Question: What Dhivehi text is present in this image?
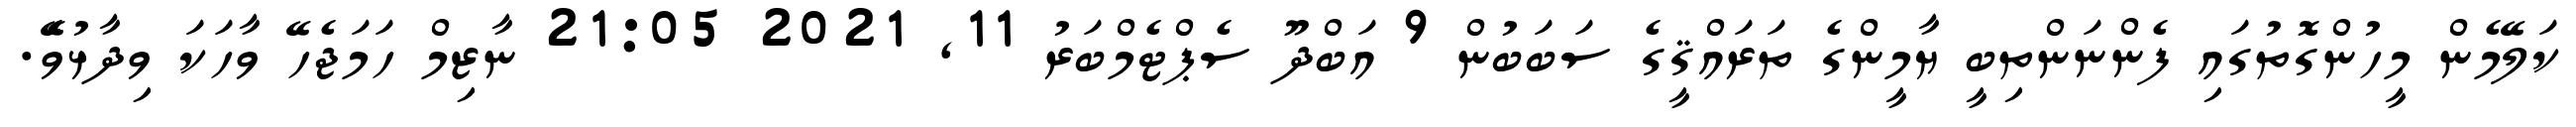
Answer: ކަލޭމެން މީހުންގޮތުގައި ފެންނަންތިބީ ޔާމީންގެ ތަރައްޤީގެ ސަބަބުން 9 އަބްދޫ ސެޕްޓެމްބަރު 11, 2021 21:05 ނާޒިމް ހަމަޖެހޭ ވާހަކަ ވިދާޅުވެޭ.